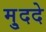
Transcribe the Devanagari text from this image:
मु्ददे